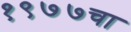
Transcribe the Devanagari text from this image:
१९७७चा